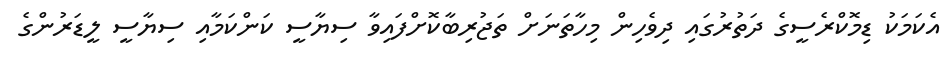
އެކަމަކު ޑިމޮކްރެސީގެ ދަތުރުގައި ދިވެހިން މިހާތަނަށް ތަޖުރިބާކޮށްފައިވާ ސިޔާސީ ކަންކަމާއި ސިޔާސީ ލީޑަރުންގެ